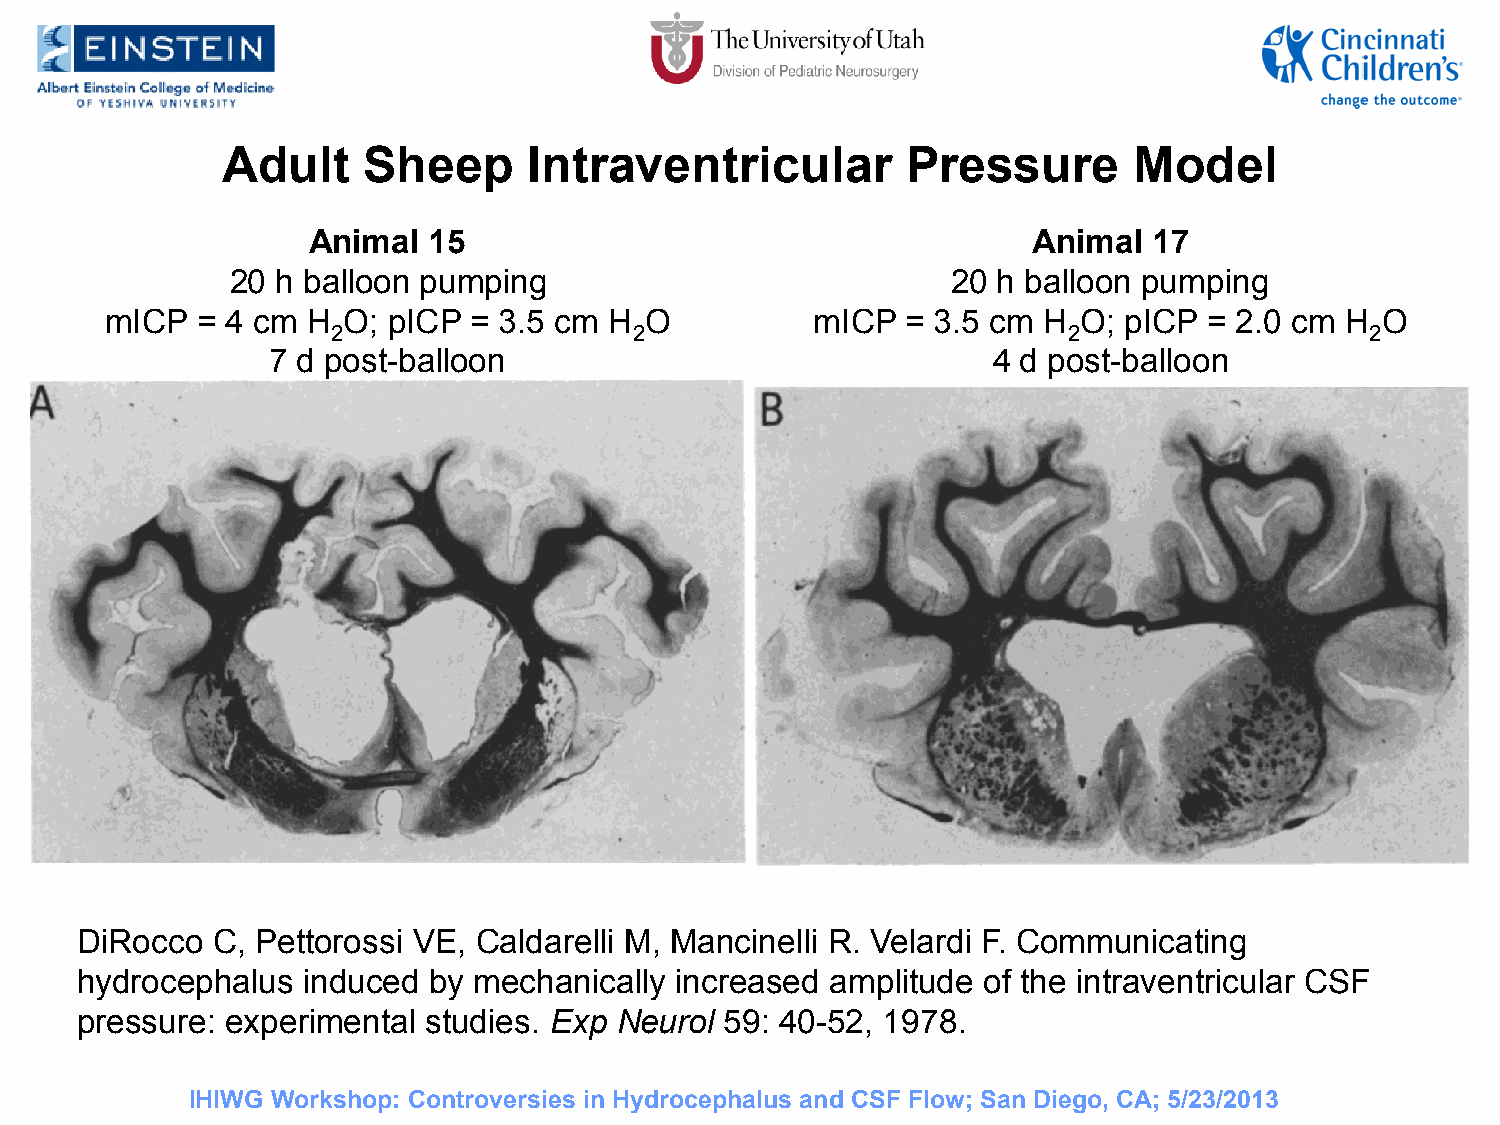
Adult    Sheep      Intraventricular         Pressure       Model
 Animal  15                                      Animal  17
 20 h balloon pumping                            20 h balloon pumping
 mICP  = 4 cm H  O; pICP = 3.5 cm H  O          mICP  = 3.5 cm H O; pICP  = 2.0 cm H O
 2                   2                            2                   2
 7 d post-balloon                                4 d post-balloon
 DiRocco  C, Pettorossi VE, Caldarelli M, Mancinelli R. Velardi F. Communicating
 hydrocephalus  induced by mechanically  increased amplitude of the intraventricular CSF
 pressure: experimental studies. Exp Neurol 59: 40-52, 1978.
 IHIWG Workshop: Controversies in Hydrocephalus and CSF Flow; San Diego, CA; 5/23/2013